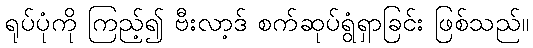
ရုပ်ပုံကို ကြည့်၍ ဗီးလာ့ဒ် စက်ဆုပ်ရွံရှာခြင်း ဖြစ်သည်။